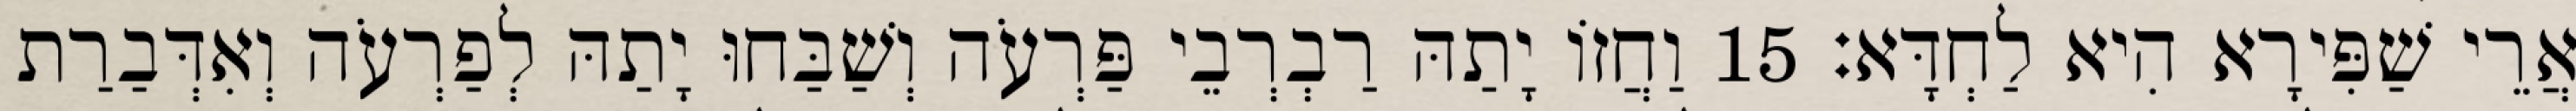
אֲרֵי שַׁפִּירָא הִיא לַחְדָּא׃ 15 וַחֲזוֹ יָתַהּ רַבְרְבֵי פַּרְעֹה וְשַׁבַּחוּ יָתַהּ לְפַרְעֹה וְאִדְּבַרַת